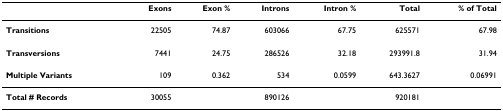
<table><thead><tr><td></td><td><b>Exons</b></td><td><b>Exon %</b></td><td><b>Introns</b></td><td><b>Intron %</b></td><td><b>Total</b></td><td><b>% of Total</b></td></tr></thead><tbody><tr><td><b>Transitions</b></td><td>22505</td><td>74.87</td><td>603066</td><td>67.75</td><td>625571</td><td>67.98</td></tr><tr><td><b>Transversions</b></td><td>7441</td><td>24.75</td><td>286526</td><td>32.18</td><td>293991.8</td><td>31.94</td></tr><tr><td><b>Multiple Variants</b></td><td>109</td><td>0.362</td><td>534</td><td>0.0599</td><td>643.3627</td><td>0.06991</td></tr><tr><td><b>Total # Records</b></td><td>30055</td><td></td><td>890126</td><td></td><td>920181</td><td></td></tr></tbody></table>